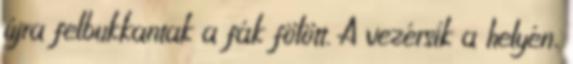
újra felbukkantak a fák fölött. A vezérsík a helyén,